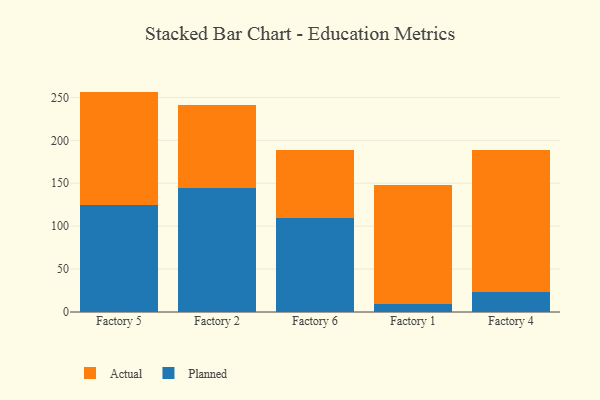
{"axis": {"x": "Factory", "y": "Conversion Rate (%)"}, "legend": ["Actual", "Planned"], "data": [{"x": "Factory 5", "y": 124.1, "type": "Planned"}, {"x": "Factory 5", "y": 132.7, "type": "Actual"}, {"x": "Factory 2", "y": 144.7, "type": "Planned"}, {"x": "Factory 2", "y": 96.0, "type": "Actual"}, {"x": "Factory 6", "y": 109.6, "type": "Planned"}, {"x": "Factory 6", "y": 79.3, "type": "Actual"}, {"x": "Factory 1", "y": 8.9, "type": "Planned"}, {"x": "Factory 1", "y": 139.1, "type": "Actual"}, {"x": "Factory 4", "y": 22.8, "type": "Planned"}, {"x": "Factory 4", "y": 165.8, "type": "Actual"}]}